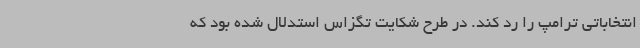
انتخاباتی ترامپ را رد کند. در طرح شکایت تگزاس استدلال شده بود که